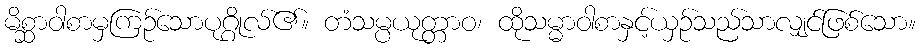
မိစ္ဆာဝါစာမှကြဉ်သောပုဂ္ဂိုလ်၏။ တံသမ္ပယုတ္တာဝ၊ ထိုသမ္မာဝါစာနှင့်ယှဉ်သည်သာလျှင်ဖြစ်သော။